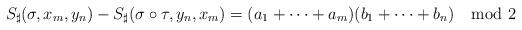
LaTeX: \begin{align*}S_\sharp(\sigma,x_m,y_n)-S_\sharp(\sigma\circ\tau,y_n,x_m)=(a_1+\dots+a_m)(b_1+\dots+b_n)\mod 2\end{align*}